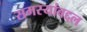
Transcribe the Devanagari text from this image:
समस्यांबद्दल